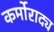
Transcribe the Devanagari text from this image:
कर्मोराद्य